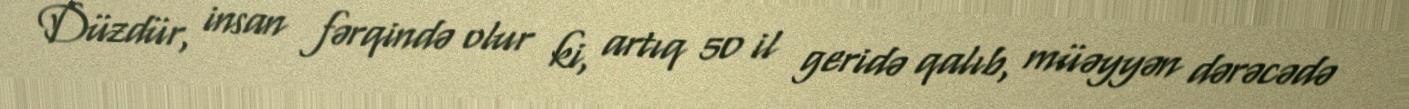
Düzdür, insan fərqində olur ki, artıq 50 il geridə qalıb, müəyyən dərəcədə